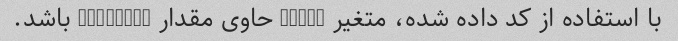
با استفاده از کد داده شده، متغیر 'dog' حاوی مقدار 'rabbit' باشد.